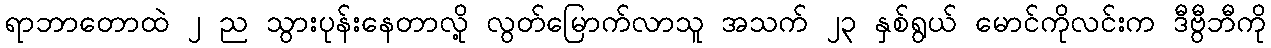
ရာဘာတောထဲ ၂ ည သွားပုန်းနေတာလို့ လွတ်မြောက်လာသူ အသက် ၂၃ နှစ်ရွယ် မောင်ကိုလင်းက ဒီဗွီဘီကို